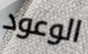
الوعود